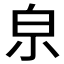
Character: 𤽄